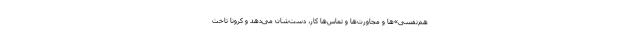
هم‌نَفَسی‌»‌ها و مجاورت‌ها و تماس‌ها کار، دست‌شان می‌دهد و کرونا تاخت